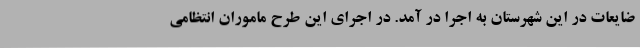
ضایعات در این شهرستان به اجرا در آمد. در اجرای این طرح ماموران انتظامی